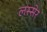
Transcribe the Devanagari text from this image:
लस्सेर